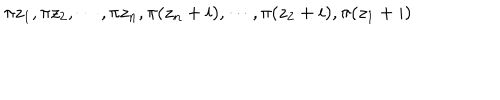
\pi z _ { 1 } , \pi z _ { 2 } , \cdots , \pi z _ { n } , \pi ( z _ { n } + i ) , \cdots , \pi ( z _ { 2 } + i ) , \pi ( z _ { 1 } + i )